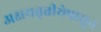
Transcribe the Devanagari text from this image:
अक्षयतृतीयेपासून